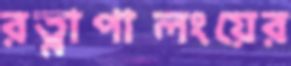
রত্নাপালংয়ের